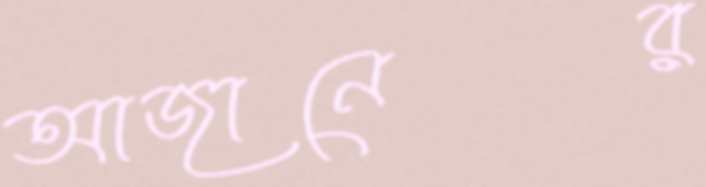
আজানের